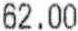
62.00